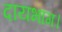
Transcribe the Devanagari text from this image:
दायभाग।